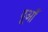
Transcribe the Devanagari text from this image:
दूआँ